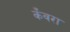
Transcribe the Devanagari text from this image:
कँवरा